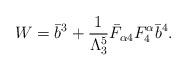
LaTeX: \begin{align*}W=\bar{b}^3 +\frac{1}{\Lambda_3^5} \bar{F}_{\alpha 4} F^\alpha_4 \bar{b}^4.\end{align*}